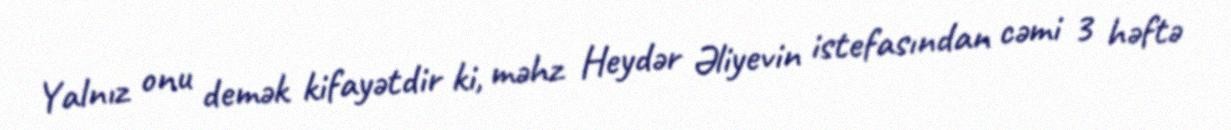
Yalnız onu demək kifayətdir ki, məhz Heydər Əliyevin istefasından cəmi 3 həftə